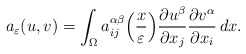
\begin{align*}a_\varepsilon(u,v)=\int_\Omega a_{ij}^{\alpha\beta}\Bigl(\frac{x}{\varepsilon}\Bigr)\frac{\partial u^\beta}{\partial x_j}\frac{\partial v^\alpha}{\partial x_i}\, dx.\end{align*}